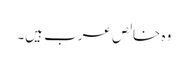
وہ خالص عرب ہیں۔